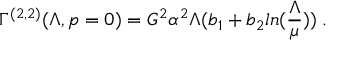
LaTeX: \Gamma ^ { ( 2 , 2 ) } ( \Lambda , p = 0 ) = G ^ { 2 } \alpha ^ { 2 } \Lambda ( b _ { 1 } + b _ { 2 } l n ( \frac { \Lambda } { \mu } ) ) \; .